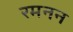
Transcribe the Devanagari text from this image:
रमनन